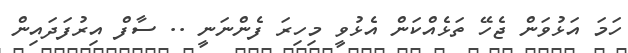
ހަމަ އަޅުވަން ޖެހޭ ތަޅެއްކަން އެޅުވީ މިިހިރަ ފެންނަނީ .. ސާފް އިރުފަދައިން